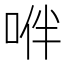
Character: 𠴞